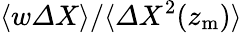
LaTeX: \langle w{\mit\Delta}X\rangle/\langle{\mit\Delta}X^{2}(z_{\mathrm{m}})\rangle